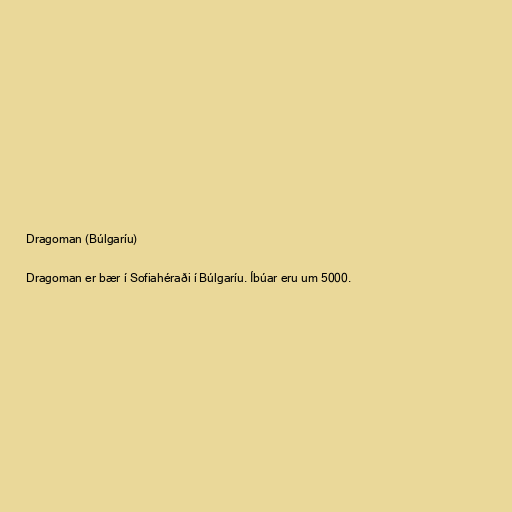
Dragoman (Búlgaríu)

Dragoman er bær í Sofiahéraði í Búlgaríu. Íbúar eru um 5000.